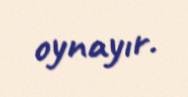
oynayır.